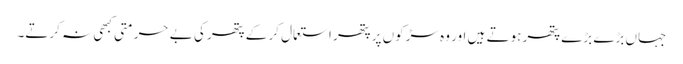
جہاں بڑے بڑے پتھر ہوتے ہیں اور وہ سڑکوں پر پتھر استعمال کر کے پتھر کی بے حرمتی کبھی نہ کرتے۔